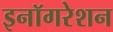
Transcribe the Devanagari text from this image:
इनॉगरेशन